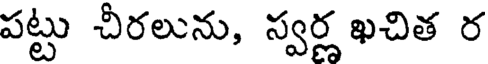
పట్టు చీరలును, స్వర్ణ ఖచిత ర